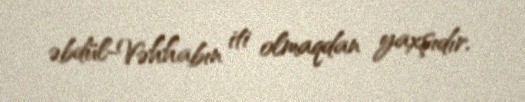
əbdül-Vəhhabın iti olmaqdan yaxşıdır.